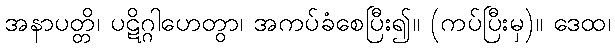
အနာပတ္တိ၊ ပဋိဂ္ဂါဟေတွာ၊ အကပ်ခံစေပြီး၍။ (ကပ်ပြီးမှ)။ ဒေထ၊